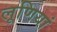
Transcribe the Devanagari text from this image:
लूणियां